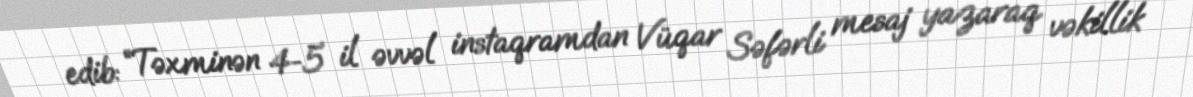
edib: “Təxminən 4-5 il əvvəl instaqramdan Vüqar Səfərli mesaj yazaraq vəkillik